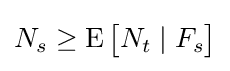
N_{s}\geq \operatorname {E} {\big [}N_{t}\mid F_{s}{\big ]}